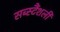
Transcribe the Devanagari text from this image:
सब्स्टैंशली